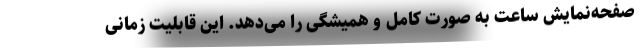
صفحه‌نمایش ساعت به صورت کامل و همیشگی را می‌دهد. این قابلیت زمانی